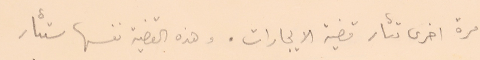
مرة اخرى تثار قضية الايجارات. وهذه القضية نفسها ستثار